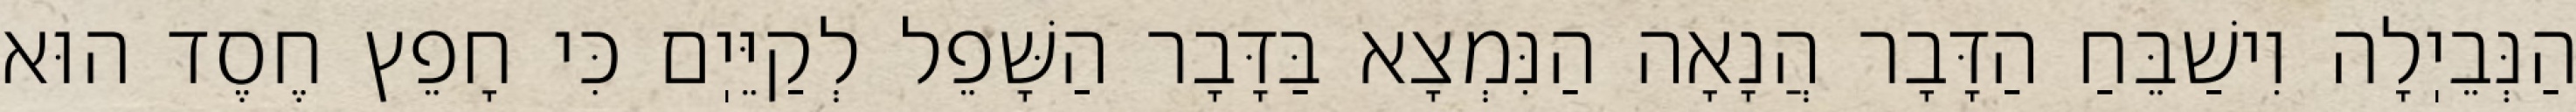
הַנְּבֵיֽלָה וִישַׁבֵּחַ הַדָּבָר הֲנָאָה הַנִּמְצָא בַּדָּבָר הַשָּׁפֵל לְקַיֵּיֽם כִּי חָפֵץ חֶסֶד הוּא